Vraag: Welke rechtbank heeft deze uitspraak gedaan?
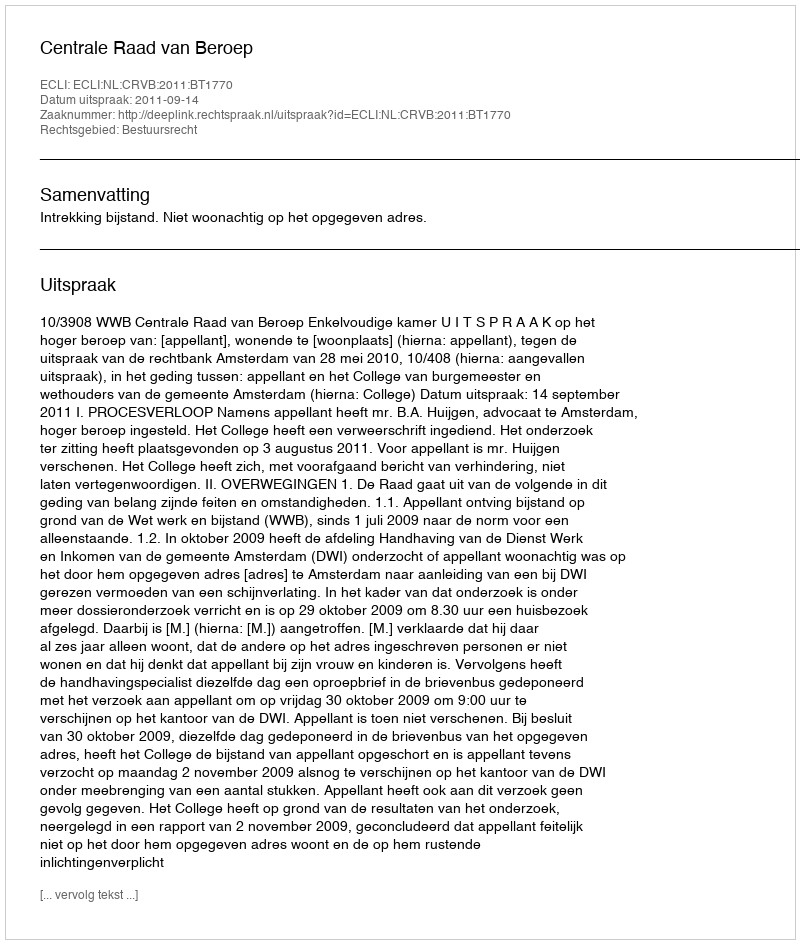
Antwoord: Centrale Raad van Beroep